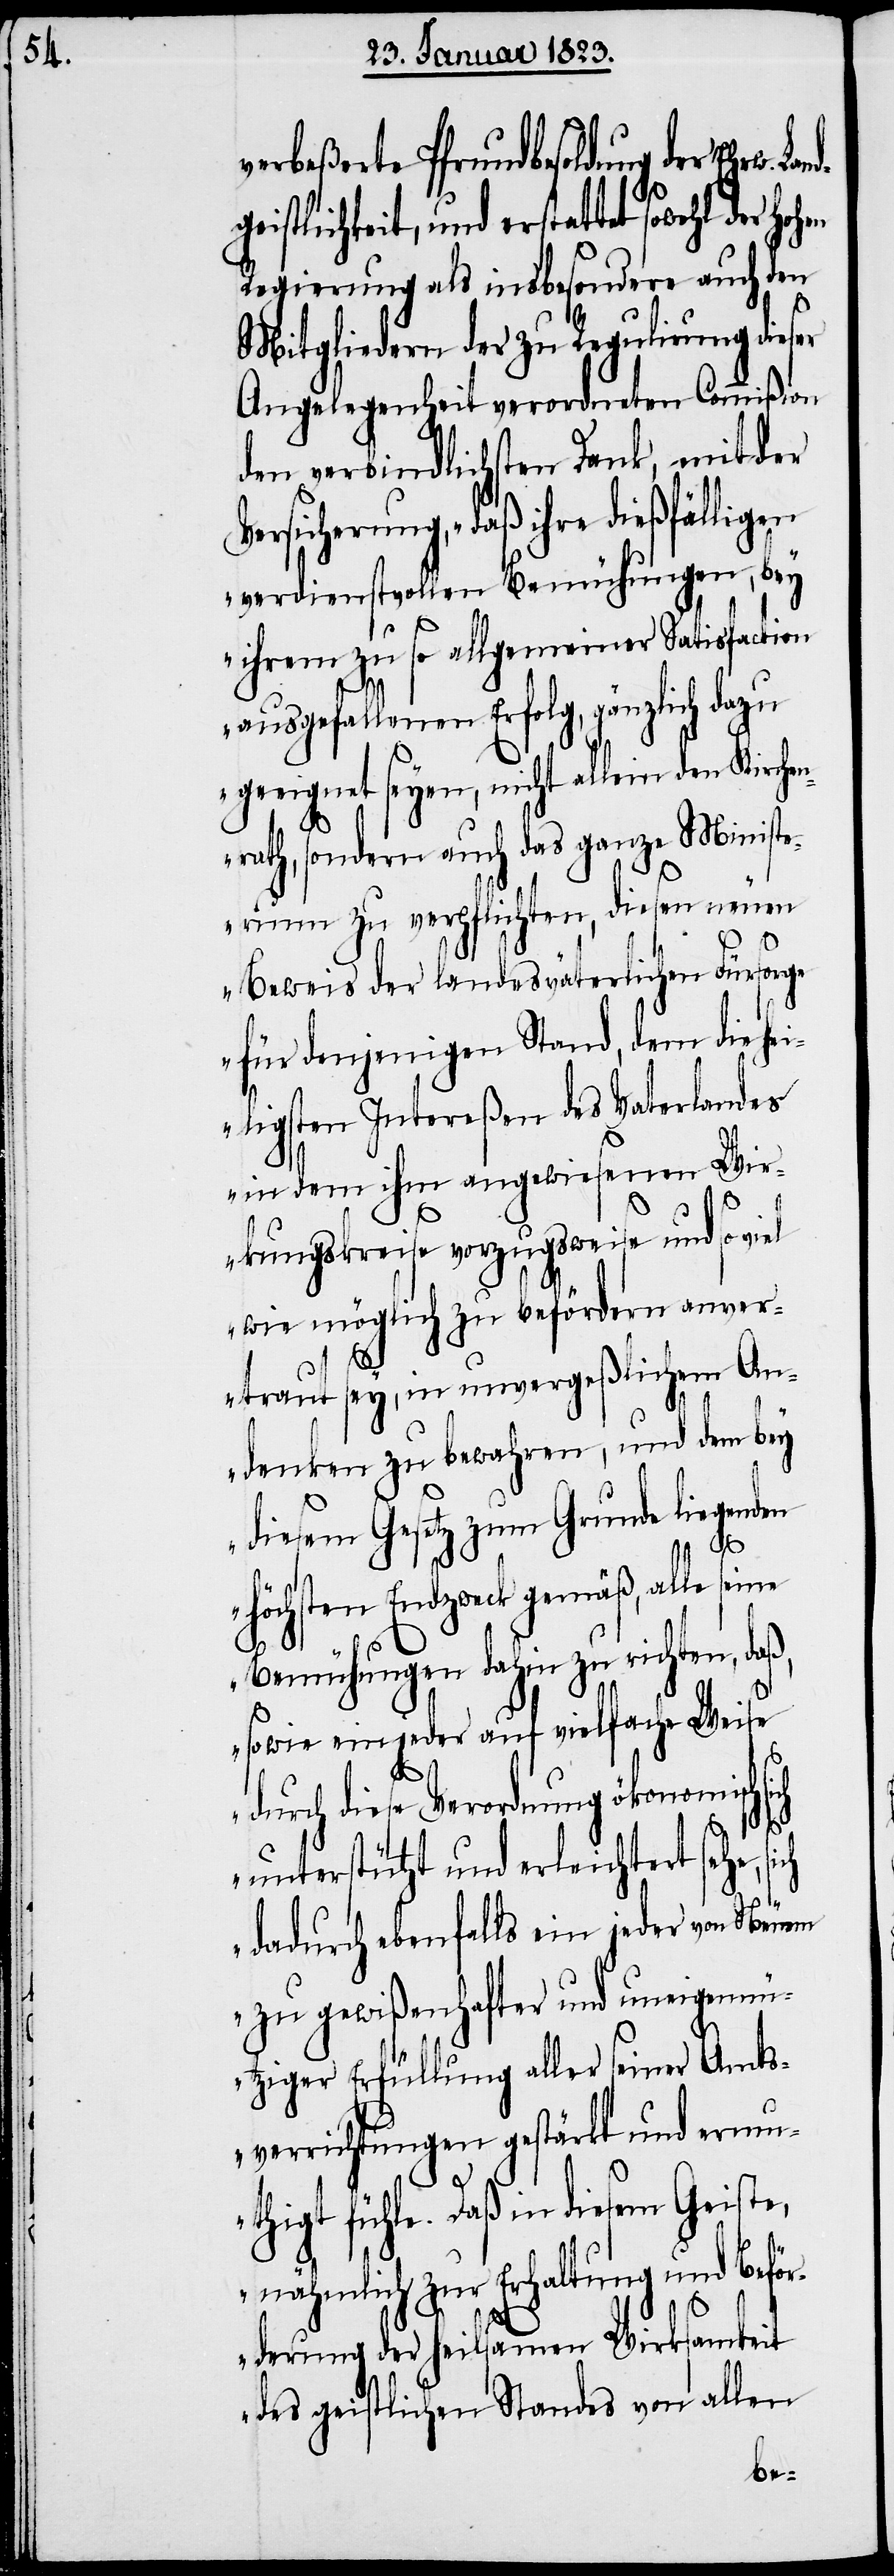
verbeßerte Pfrundbesoldung der Ehrw.
geistlichkeit, und erstattet sowohl der
Regierung als insbesondere auch den
Mitgliedern der zu Regulirung dieser
Angelegenheit verordneten Commißion
den verbindlichsten Dank, mit der
Versicherung, „daß ihre dießfällig¬
verdienstvollen Bemühungen, bey
ihrem zu so allgemeiner Satisfaction
ausgefallenen Erfolg, gänzlich dazu
geeignet seyen, nicht allein den Kirchen¬
rath, sondern auch das ganze Ministe¬
rium zu verpflichten, diesen neuen
Beweis der landesväterlichen Fürsorge
für denjenigen Stand, dem die hei¬
ligsten Intereßen des Vaterlandes
in dem ihm angewiesenen Wir¬
kungskreise vorzugsweise und so viel
wie möglich zu befördern anver¬
traut sey, in unvergeßlichem An¬
denken zu bewahren, und dem bey
diesem Gesetz zum Grunde liegenden
höchsten Endzweck gemäß, alle
ich
Bemühungen dahin zu richten, daß,
sowie ein jeder auf vielfache Weise
durch diese Verordnung ökonomisch
unterstützt und erleichtert sehe, s¬
dadurch ebenfalls ein jeder von Neuem
zu gewißenhafter und uneigenn¬
ütziger Erfüllung aller seiner Amts¬
verrichtungen gestärkt und ermu¬
en
thigt fühle. Daß in diesem Geiste,
nähmlich zur Erhaltung und Beför¬
derung der heilsamen Wirksamkeit
des geistlichen Standes von allen